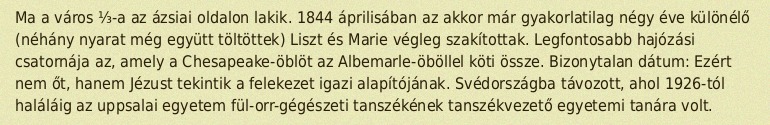
Ma a város ⅓-a az ázsiai oldalon lakik. 1844 áprilisában az akkor már gyakorlatilag négy éve különélő (néhány nyarat még együtt töltöttek) Liszt és Marie végleg szakítottak. Legfontosabb hajózási csatornája az, amely a Chesapeake-öblöt az Albemarle-öböllel köti össze. Bizonytalan dátum: Ezért nem őt, hanem Jézust tekintik a felekezet igazi alapítójának. Svédországba távozott, ahol 1926-tól haláláig az uppsalai egyetem fül-orr-gégészeti tanszékének tanszékvezető egyetemi tanára volt.